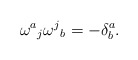
\begin{align*}{\omega^a}_j {\omega^j}_b = - \delta^a_b.\end{align*}